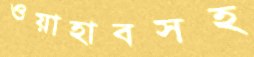
ওয়াহাবসহ